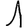
Digit: 1